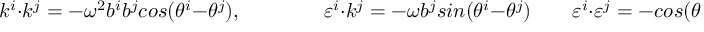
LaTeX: k ^ { i } \cdot k ^ { j } = - \omega ^ { 2 } b ^ { i } b ^ { j } c o s ( \theta ^ { i } - \theta ^ { j } ) , \qquad \qquad \varepsilon ^ { i } \cdot k ^ { j } = - \omega b ^ { j } s i n ( \theta ^ { i } - \theta ^ { j } ) \qquad \varepsilon ^ { i } \cdot \varepsilon ^ { j } = - c o s ( \theta ^ { i } - \theta ^ { j } )